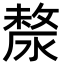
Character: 漦